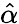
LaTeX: \hat{\mathbf{\alpha}}